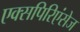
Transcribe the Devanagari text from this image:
एक्सपिरिएंसेज